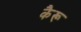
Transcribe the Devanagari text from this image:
कैरू